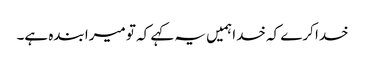
خدا کرے کہ خدا ہمیں یہ کہے کہ تو میرا بندہ ہے۔